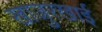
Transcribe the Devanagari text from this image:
खाजुरखाई